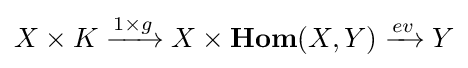
X\times K\xrightarrow {1\times g} X\times {\textbf {Hom}}(X,Y)\xrightarrow {ev} Y